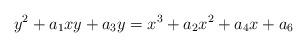
LaTeX: \begin{align*} y^2+a_1xy+a_3y=x^3+a_2x^2+a_4x+a_6\end{align*}